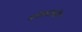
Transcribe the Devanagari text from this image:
मंगरूळपीर